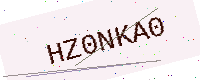
Text: HZ0NKA0